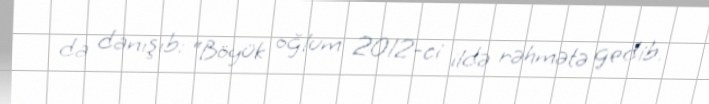
da danışıb: “Böyük oğlum 2012-ci ildə rəhmətə gedib.